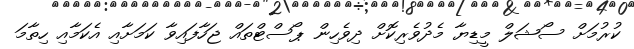
ކުރުމަށް ސޯޝަލް މީޑިޔާ މެދުވެރިކޮށް ދިވެހިން ޕޯސްޓްތައް ޖަހާފައިވާ ކަމަށާއި އެކަމާއި ހިތާމަ